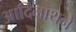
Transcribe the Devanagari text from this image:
आदिनाथने